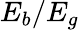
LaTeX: E_{b}/E_{g}